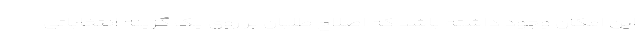
این امکان وجود داشته باشد که اصلاح طلبان بر روی یک گزینه انتخاباتی